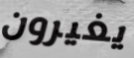
يغيرون